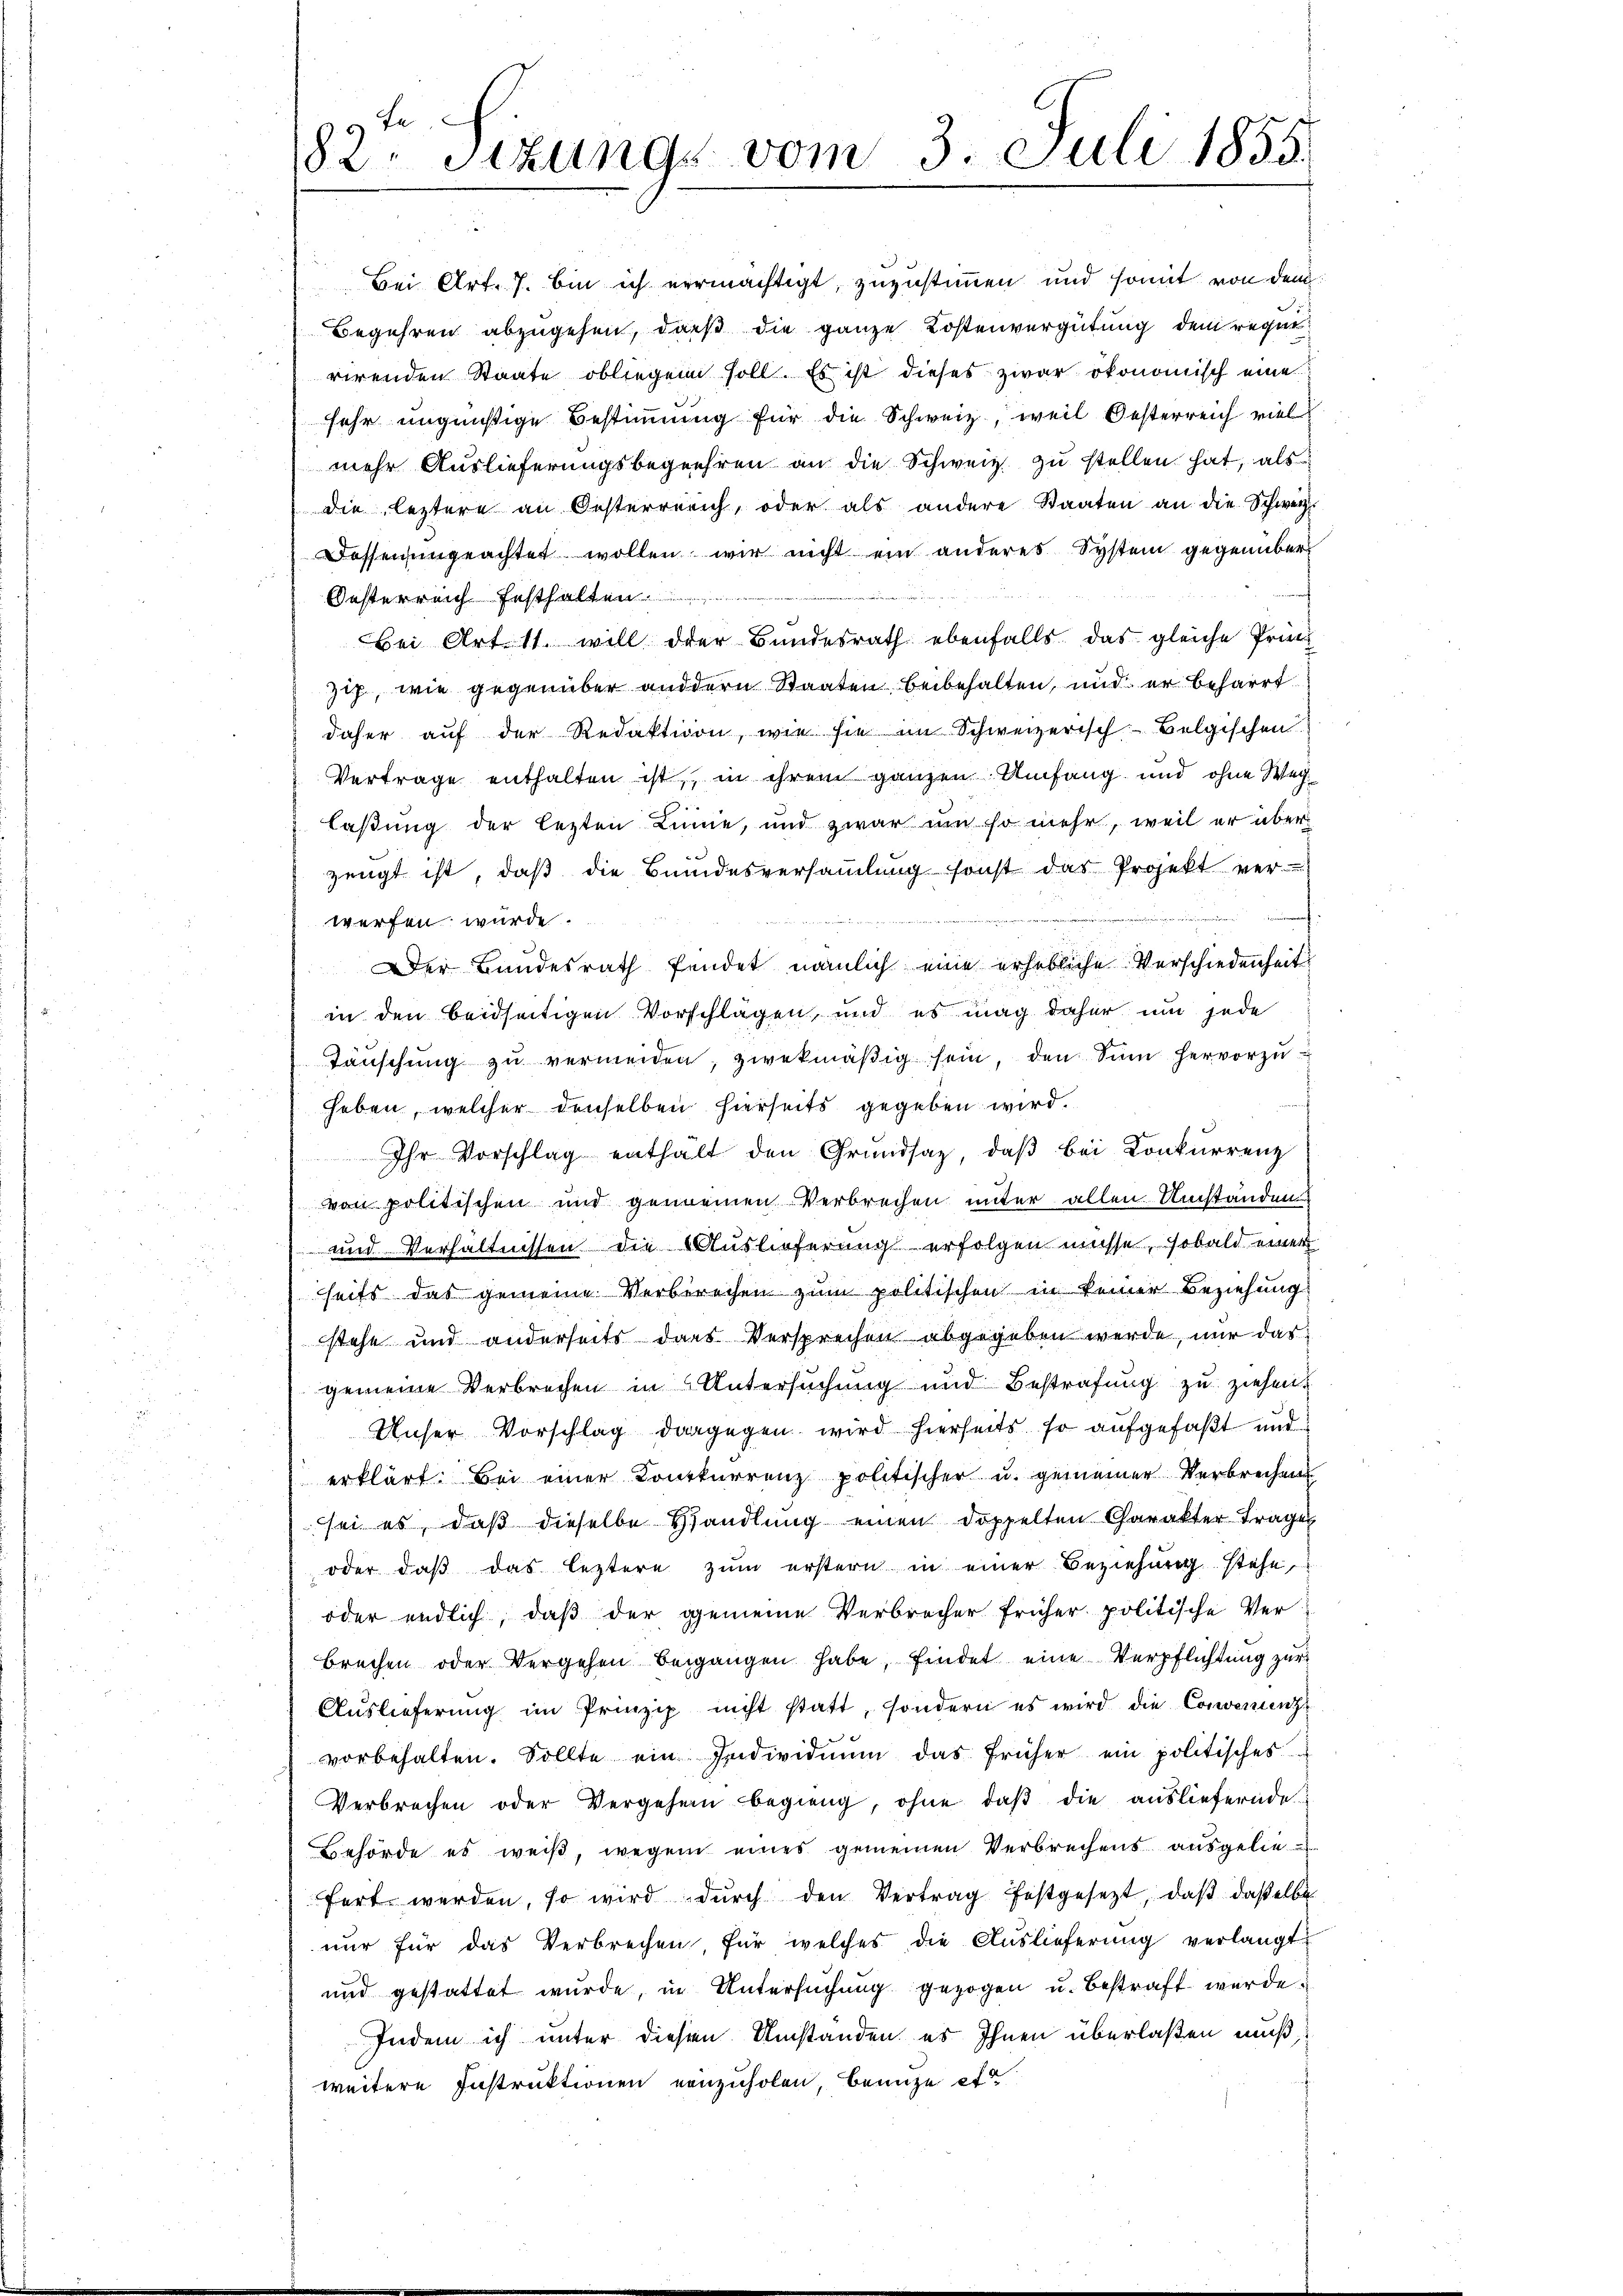
82. Sizung vom 3. Juli 1855

Bei Art. 7. bin ich vermächtigt, zuzustimmen und somit von dem
Begehren abzugehen, daß die ganze Kostenvergütung dem reget
rirenden Staate obliegen soll. Es ist dieses zwar ökonomisch eine
sehr ungünstige Bestimung für die Schweiz, weil Oesterreich viel
mehr Auslieferungsbegehren an die Schweiz zu stellen hat, als
die leztere an Oesterreich, oder als andere Staaten an die Schweiz.
Desserungeachtet wollen wir nicht ein anderes System gegenüber
Gesterreich festhalten.
Bei Art. 11. will der Bundesrath ebenfalls das gleiche Prin
zip, wie gegenüber andern Staaten beibehalten, und er beharrt
daher auf der Redaktion, wie sie im Schweizerisch-Belgischen
Vertrage enthalten ist, in ihrem ganzen Umfang und ohne Weilaßung der lezten Linne, und zwar um so mehr, weil er überzeugt ist, daß die Bundesversamlung sonst das Projekt ver

werfen wurde.
Der Bundesrath fendet nämlich eine erhebliche Verschiedenheit
in den beidseitigen Vorschlägen, und es mag daher um jede
Täŭschŭng zŭ vermeiden, zwekmäβig sein, den Sinn hervorzuheben, welcher denselben hierseits gegeben wird.
Ihr Vorschlag enthält den Grundsaz, daβ bei Konkurrenz
von politischen und gemeinen Verbrechen unter allen Umständen
und Verhältnissen die Auslieferung erfolgen müsse, sobald einer
seits das gemeine Verberechen zum politischen in keiner Beziehung
stehe und anderseits das Versprechen abgegeben werde, nur das
gemeine Verbrechen in Untersuchung und Bestrafung zu ziehen.
Unser Vorschlag dargegen wird hierseits so aufgefaßt und
erklärt: Bei einer Konkurrenz politischer u. gemeiner Verbrechens
sei es, daβ dieselbe Handlŭng einen doppelten Charakter Frage
oder daß das leztere zum erstern in einer Beziehung stehe
oder endlich, daß der gemeine Verbrecher früher politische Ver
brechen oder Vergehen beigangen habe, findet eine Verpflichtung zur
Aŭslieferŭng im Prinzip nicht statt, sondern es wird die Convenienzvorbehalten. Sollte ein Individuum das früher ein politisches
Verbrechen oder Vergehen begieng, ohne daβ die ausliefernde
Behörde es weiß, wegen eines gemeinen Verbrechens ausgelie
fert werden, so wird durch den Vertrag festgesetzt, daß daselbe
nur für das Verbrechen, für welches die Auslieferung verlangt,
und gestattet wurde, in Untersuchung gezogen u. bestraft wurde
Indem ich unter diesen Umstanden es Ihnen überlaßen muß,
weitere Instruktionen einzuholen, benuze et